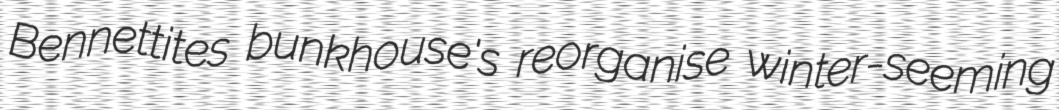
Bennettites bunkhouse's reorganise winter-seeming